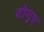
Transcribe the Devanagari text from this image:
वोगुए